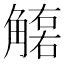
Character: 𧤮